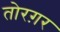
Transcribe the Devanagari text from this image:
तोरग़र